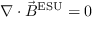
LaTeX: \nabla \cdot { \vec { B } } ^ { \mathrm { E S U } } = 0